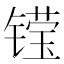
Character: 𮸝